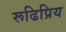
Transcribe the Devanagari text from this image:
रूढिप्रिय